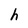
Character: h